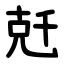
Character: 兛